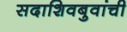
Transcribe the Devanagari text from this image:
सदाशिवबुवांची